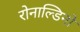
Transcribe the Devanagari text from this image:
रोनाल्डिनो